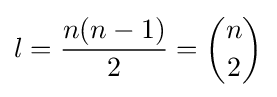
l={\frac {n(n-1)}{2}}={n \choose 2}